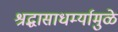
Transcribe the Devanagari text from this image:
श्रद्धासाधर्म्यामुळे